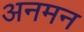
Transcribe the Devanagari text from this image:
अनमन